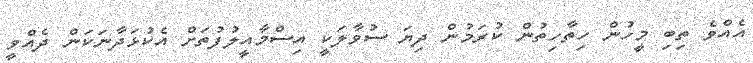
އެއްވެ ތިބި މީހުން ހިތާހިތުން ކުރަމުން ދިޔަ ސުވާލަކީ އިސްމާއީލުފުތަށް އެކުޅަދާނަކަން ދެއްވީ